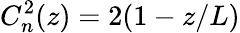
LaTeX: C_{n}^{2}(z)=2(1-z/L)